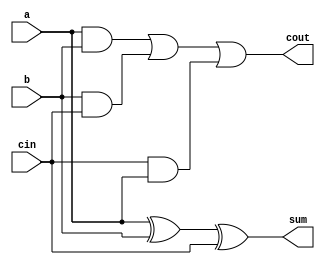
/**
full adder module
**/
module full_adder(a, b, cin, sum, cout);
	input a, b, cin;

	output sum, cout;

	assign sum = a^b^cin;
	assign cout = (a&b)|(b&cin)|(cin&a);
endmodule

/**
combinational adder/subtractor
**/
module int8_addsub(a, b, mux, sum, cout);
	input[7:0] a, b;
	input mux;
	
	output[7:0] sum;
	output cout;

	wire[7:0] w;

	full_adder f0(a[0], b[0]^mux, mux, sum[0], w[0]);
	full_adder f1(a[1], b[1]^mux, w[0], sum[1], w[1]);
	full_adder f2(a[2], b[2]^mux, w[1], sum[2], w[2]);
	full_adder f3(a[3], b[3]^mux, w[2], sum[3], w[3]);
	full_adder f4(a[4], b[4]^mux, w[3], sum[4], w[4]);
	full_adder f5(a[5], b[5]^mux, w[4], sum[5], w[5]);
	full_adder f6(a[6], b[6]^mux, w[5], sum[6], w[6]);
	full_adder f7(a[7], b[7]^mux, w[6], sum[7], w[7]);

	assign cout = w[7];
endmodule